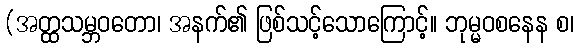
(အတ္ထသမ္ဘဝတော၊ အနက်၏ ဖြစ်သင့်သောကြောင့်။ ဘုမ္မဝစနေန စ၊